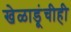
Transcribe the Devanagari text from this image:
खेळाडूंचीही